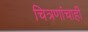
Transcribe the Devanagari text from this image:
चित्रणांचाही